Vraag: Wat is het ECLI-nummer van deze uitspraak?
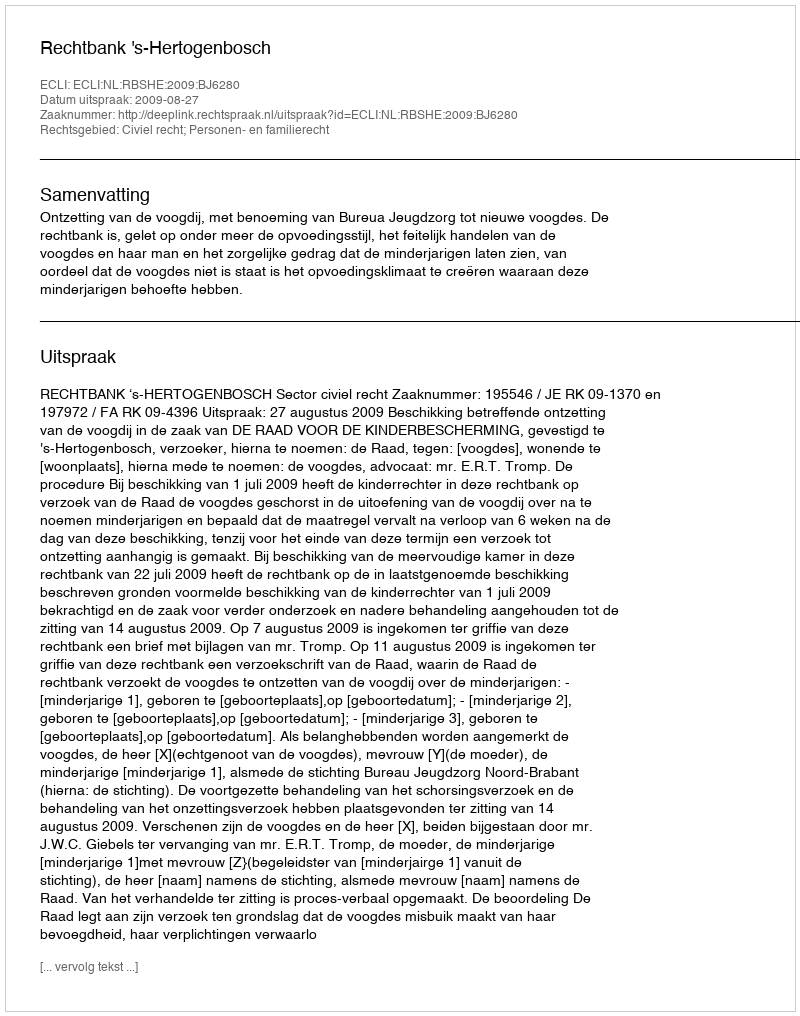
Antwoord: ECLI:NL:RBSHE:2009:BJ6280